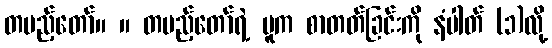
တပည့်တော်။ ။ တပည့်တော်ရဲ့ မူက စာတတ်ခြင်းကို နံပါတ် (၁)လို့